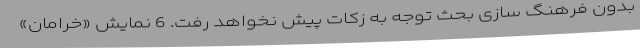
بدون فرهنگ سازی بحث توجه به زکات پیش نخواهد رفت. 6 نمایش «خرامان»